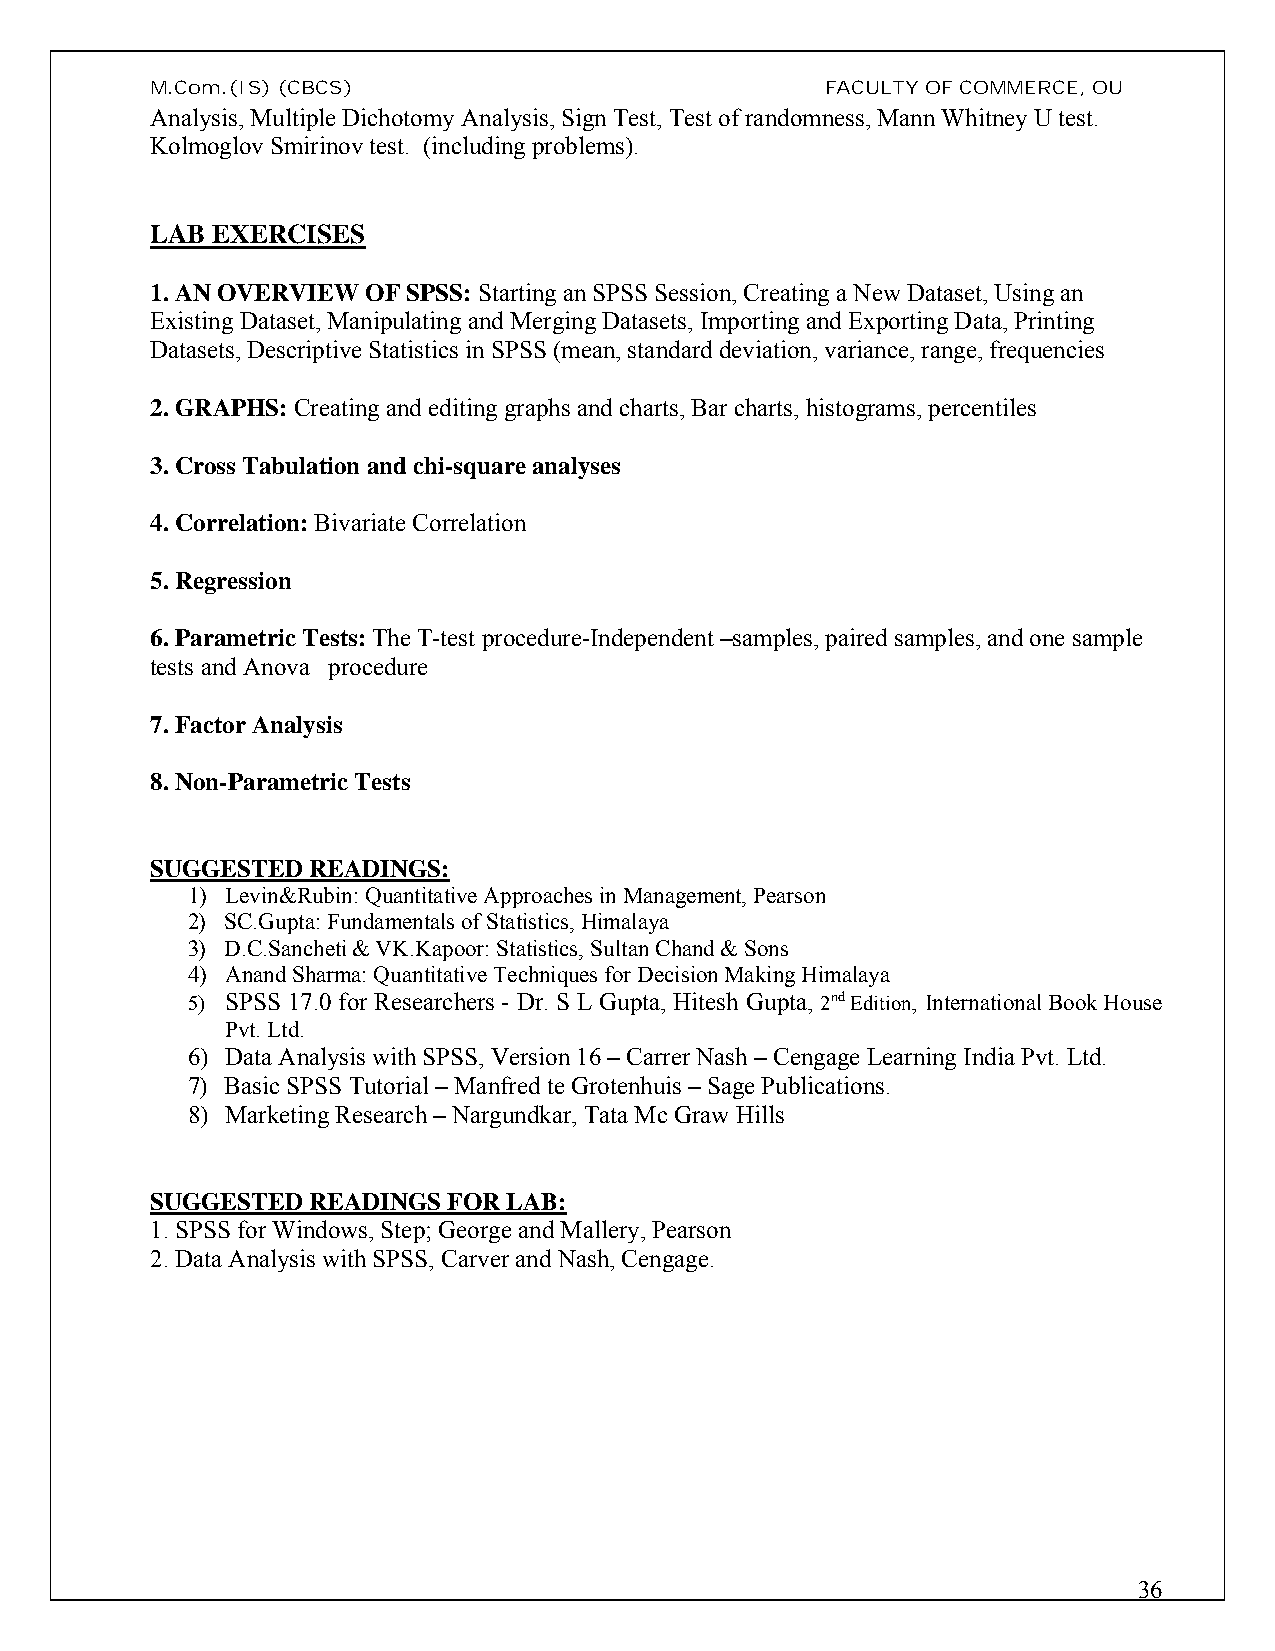
M.Com.(IS)(CBCS)                             FACULTY OF COMMERCE, OU
 Analysis, Multiple Dichotomy Analysis, Sign Test, Test of randomness, Mann Whitney U test.
 Kolmoglov Smirinov test. (including problems).
 LAB EXERCISES
 1. AN OVERVIEW OF SPSS: Starting an SPSS Session, Creating a New Dataset, Using an
 Existing Dataset,Manipulating and Merging Datasets, Importing and Exporting Data, Printing
 Datasets, Descriptive Statistics in SPSS (mean, standard deviation, variance, range, frequencies
 2. GRAPHS: Creating and editing graphs and charts, Bar charts, histograms, percentiles
 3. Cross Tabulation and chi-square analyses
 4. Correlation:Bivariate Correlation
 5. Regression
 6. Parametric Tests:The T-test procedure-Independent –samples, paired samples, and one sample
 tests and Anova procedure
 7. Factor Analysis
 8. Non-Parametric Tests
 SUGGESTED READINGS:
 1) Levin&Rubin: Quantitative Approaches in Management, Pearson
 2) SC.Gupta: Fundamentals of Statistics, Himalaya
 3) D.C.Sancheti & VK.Kapoor: Statistics, Sultan Chand & Sons
 4) Anand Sharma: Quantitative Techniques for Decision Making Himalaya
 5) SPSS 17.0 for Researchers - Dr. S L Gupta, Hitesh Gupta, 2ndEdition, International Book House
 Pvt. Ltd.
 6) Data Analysis with SPSS, Version 16 –Carrer Nash – Cengage Learning India Pvt. Ltd.
 7) Basic SPSS Tutorial – Manfred te Grotenhuis –Sage Publications.
 8) Marketing Research –Nargundkar, Tata Mc Graw Hills
 SUGGESTED READINGS  FOR LAB:
 1. SPSS for Windows, Step; George and Mallery, Pearson
 2. Data Analysis with SPSS, Carver and Nash, Cengage.
 36